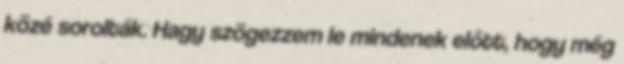
közé sorolták. Hagy szögezzem le mindenek előtt, hogy még